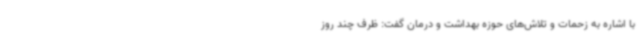
با اشاره به زحمات و تلاش‌های حوزه بهداشت و درمان گفت: ظرف چند روز